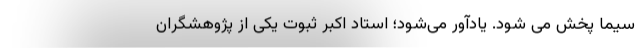
سیما پخش می شود. یادآور می‌شود؛ استاد اکبر ثبوت یکی از پژوهشگران